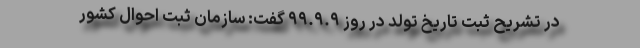
در تشریح ثبت تاریخ تولد در روز ۹۹.۹.۹ گفت: سازمان ثبت احوال کشور